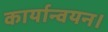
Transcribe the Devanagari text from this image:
कार्यान्वयन।